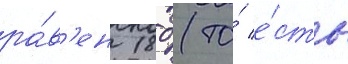
ра́в'ен 180 (то́ е́сть